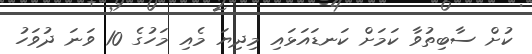
ކުށް ސާބިތުވާ ކަމަށް ކަނޑައަޅައި މިދިޔަ މެއި މަހުގެ 10 ވަނަ ދުވަހު